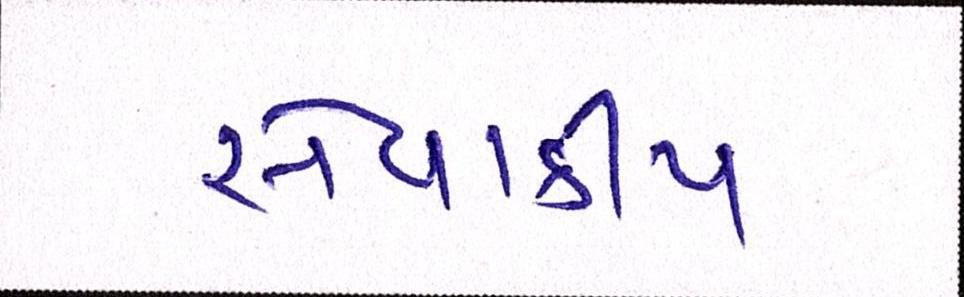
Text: સેવાકીય